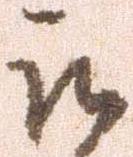
被